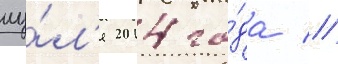
иу́л'я 2014 го́да //